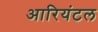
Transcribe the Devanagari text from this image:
आरियंटल